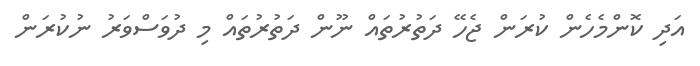
އަދި ކޮންމެހެން ކުރަން ޖެހޭ ދަތުރުތައް ނޫން ދަތުރުތައް މި ދުވަސްވަރު ނުކުރަން